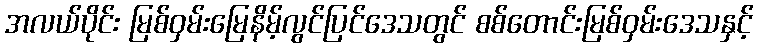
အလယ်ပိုင်း မြစ်ဝှမ်းမြေနိမ့်လွင်ပြင်ဒေသတွင် စစ်တောင်းမြစ်ဝှမ်းဒေသနှင့်